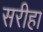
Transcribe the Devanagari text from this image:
सरीहा